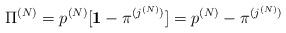
LaTeX: \begin{align*}{\Pi}^{(N)}=p^{(N)} [ {\bf 1} - {\pi}^{(j^{(N)})} ]=p^{(N)} - {\pi}^{(j^{(N)})}\end{align*}